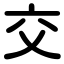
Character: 交